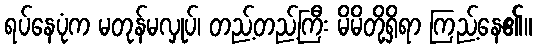
ရပ်နေပုံက မတုန်မလှုပ်၊ တည့်တည့်ကြီး မိမိတို့ရှိရာ ကြည့်နေ၏။